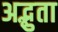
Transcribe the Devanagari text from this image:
अद्भुता